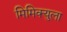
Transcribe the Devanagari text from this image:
मिमिक्युला